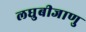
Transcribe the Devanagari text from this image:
लघुबीजाणु